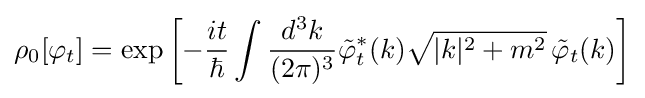
\rho _{0}[\varphi _{t}]=\exp {\left[-{\frac {it}{\hbar }}\int {\frac {d^{3}k}{(2\pi )^{3}}}{\tilde {\varphi }}_{t}^{*}(k){\sqrt {|k|^{2}+m^{2}}}\,{\tilde {\varphi }}_{t}(k)\right]}